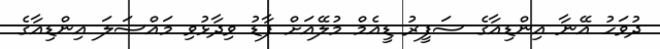
ދުވަހު އޭނާ އިންޑިއާގެ ސަފީރު ޑީއެމް މުލޭއަށް ފާޑު ވިދާޅުވި މައްސަލަ އިންޑިއާގެ